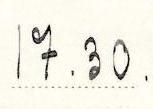
17.30